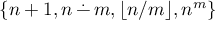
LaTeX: \{ n + 1 , n \, { \stackrel { . } { - } } \, m , \lfloor n / m \rfloor , n ^ { m } \}